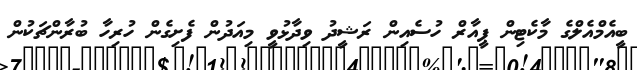
ބީއެމްއެލްގެ މާކެޓިން ޕީއާރް ހުސެއިން ރަޝީދު ވިދާޅުވީ މިއަދުން ފެށިގެން ހުރިހާ ބުރާންޗަކުން